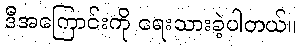
ဒီအကြောင်းကို ရေးသားခဲ့ပါတယ်။